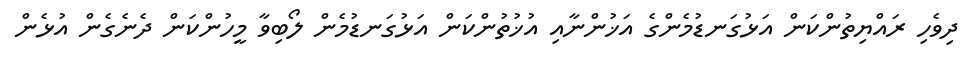
ދިވެހި ރައްޔިތުންކަން އަޅުގަނޑުމެންގެ އަޚުންނާއި އުޚުތުންކަން އަޅުގަނޑުމެން ލޯބިވާ މީހުންކަން ދެނެގެން އުޅެން